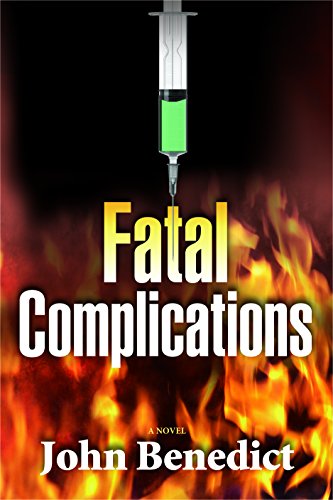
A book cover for Fatal Complications; John Benedict; Mystery, Thriller & Suspense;